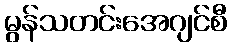
မွန်သတင်းအေဂျင်စီ